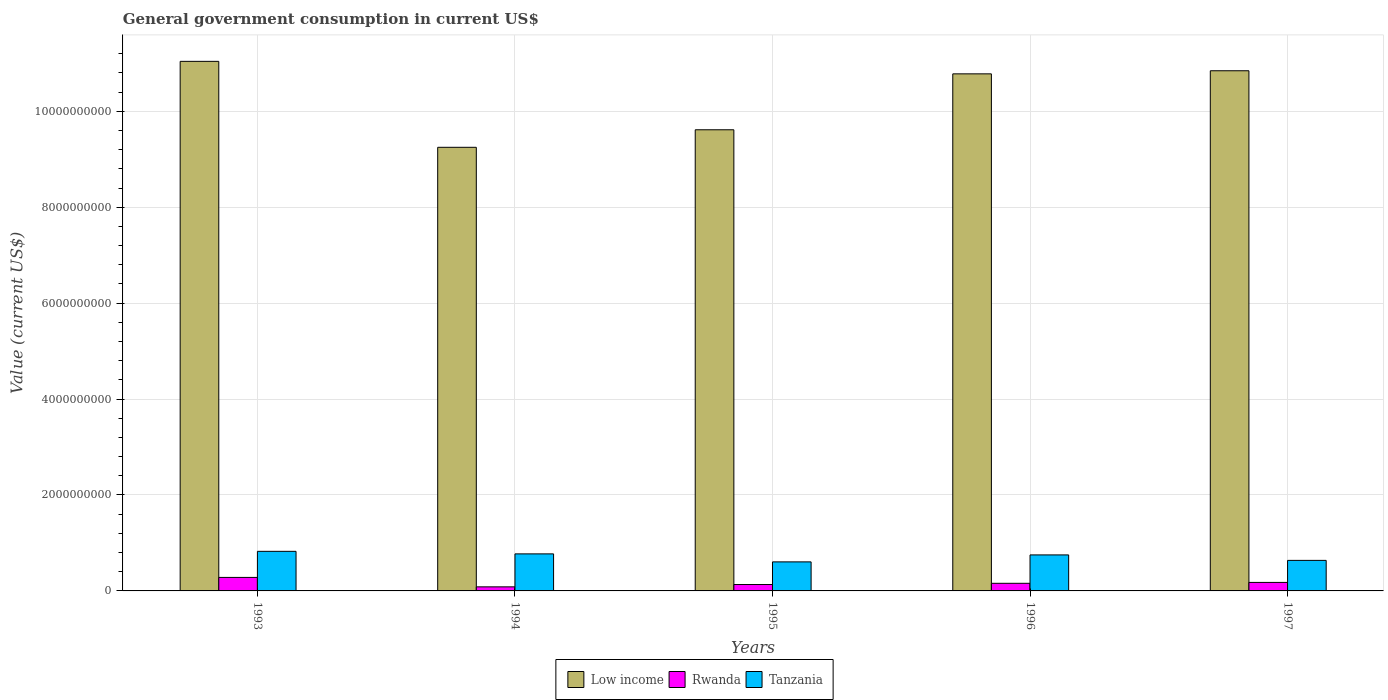
| Years | Low income | Rwanda | Tanzania |
 | --- | --- | --- | --- |
 | 1993 | 1.1e+10 | 2.82e+08 | 8.25e+08 |
 | 1994 | 9.25e+09 | 8.47e+07 | 7.72e+08 |
 | 1995 | 9.61e+09 | 1.33e+08 | 6.06e+08 |
 | 1996 | 1.08e+10 | 1.59e+08 | 7.51e+08 |
 | 1997 | 1.08e+10 | 1.77e+08 | 6.37e+08 |